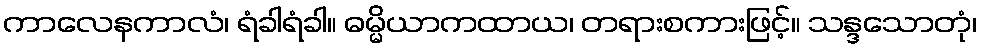
ကာလေနကာလံ၊ ရံခါရံခါ။ ဓမ္မိယာကထာယ၊ တရားစကားဖြင့်။ သန္ဒသောတုံ၊